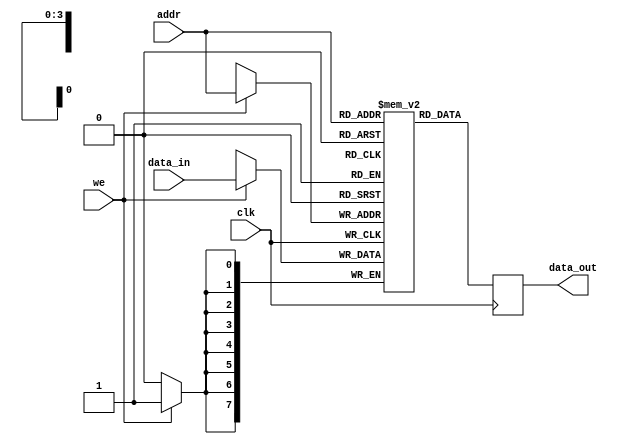
module parameterized_ram #(
    parameter DATA_WIDTH = 8,  // Width of the data bus
    parameter ADDR_WIDTH = 4   // Depth of the RAM = 2^ADDR_WIDTH
)(
    input wire clk,                       // Clock signal
    input wire we,                        // Write enable
    input wire [ADDR_WIDTH-1:0] addr,    // Address input
    input wire [DATA_WIDTH-1:0] data_in, // Input data
    output reg [DATA_WIDTH-1:0] data_out  // Output data
);

    // Memory array declaration
    reg [DATA_WIDTH-1:0] ram [0:(2**ADDR_WIDTH)-1];

    // Synchronous read/write operation
    always @(posedge clk) begin
        if (we) begin
            // Write operation
            ram[addr] <= data_in;
        end
        // Read operation
        data_out <= ram[addr];
    end

    // Optional: Asynchronous reset logic (uncomment if needed)
    /*
    input wire rst, // Asynchronous reset
    always @(posedge clk or posedge rst) begin
        if (rst) begin
            // Initialize memory to zero
            integer i;
            for (i = 0; i < (2**ADDR_WIDTH); i = i + 1) begin
                ram[i] <= 0;
            end
        end else begin
            if (we) begin
                ram[addr] <= data_in;
            end
            data_out <= ram[addr];
        end
    end
    */

endmodule